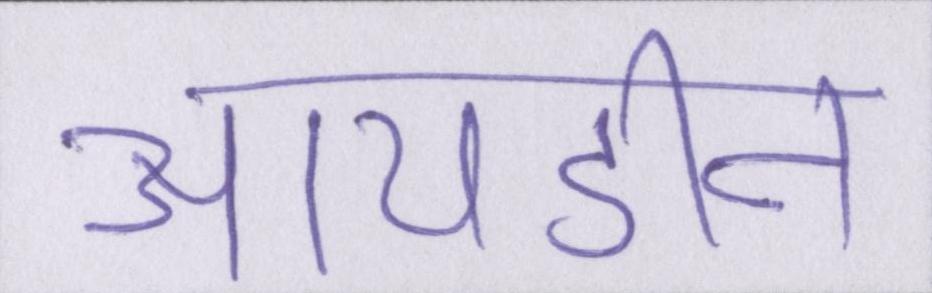
आयडीन